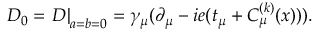
D _ { 0 } = \left. D \right| _ { a = b = 0 } = \gamma _ { \mu } ( \partial _ { \mu } - i e ( t _ { \mu } + C _ { \mu } ^ { ( k ) } ( x ) ) ) .